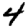
Digit: 4